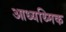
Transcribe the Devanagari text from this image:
आध्यथ्मिक